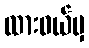
ထားဝယ်မှ